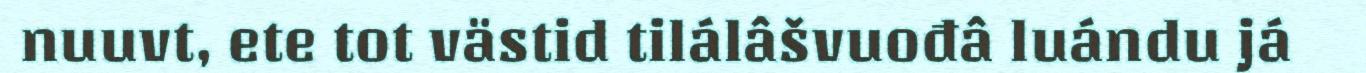
nuuvt, ete tot västid tilálâšvuođâ luándu já